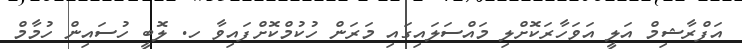
އަފްރާޝިމް އަލީ އަވަހާރަކޮށްލި މައްސަލައިގައި މަރަން ހުކުމްކޮށްފައިިވާ ހ. ލޮބީ ހުސައިން ހުމާމް